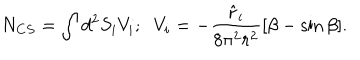
N _ { C S } = \int d ^ { 2 } S _ { i } V _ { i } ; \; \; V _ { i } = - \frac { \hat { r } _ { i } } { 8 \pi ^ { 2 } r ^ { 2 } } [ \beta - \sin \beta ] .